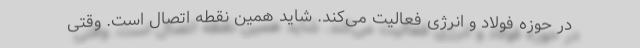
در حوزه فولاد و انرژی فعالیت می‌کند. شاید همین نقطه اتصال است. وقتی